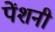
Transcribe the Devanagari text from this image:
पेंशनी